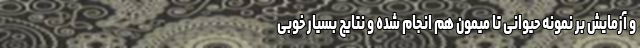
و آزمایش بر نمونه حیوانی تا میمون هم انجام شده و نتایج بسیار خوبی